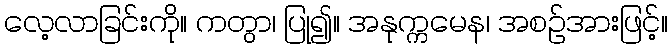
လေ့လာခြင်းကို။ ကတွာ၊ ပြု၍။ အနုက္ကမေန၊ အစဉ်အားဖြင့်။